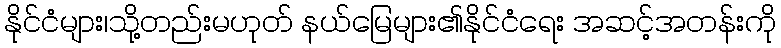
နိုင်ငံများ၊သို့တည်းမဟုတ် နယ်မြေများ၏နိုင်ငံရေး အဆင့်အတန်းကို